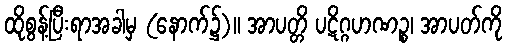
ထိုစွန့်ပြီးရာအခါမှ (နောက်၌)။ အာပတ္တိ ပဋိဂ္ဂဟဏဉ္စ၊ အာပတ်ကို